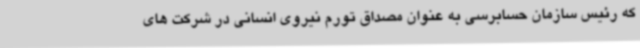
که رئیس سازمان حسابرسی به عنوان مصداق تورم نیروی انسانی در شرکت های